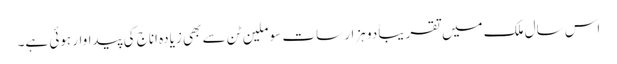
اس سال ملک میں تقریباً دو ہزار سات سو ملین ٹن سے بھی زیادہ اناج کی پیداوار ہوئی ہے۔